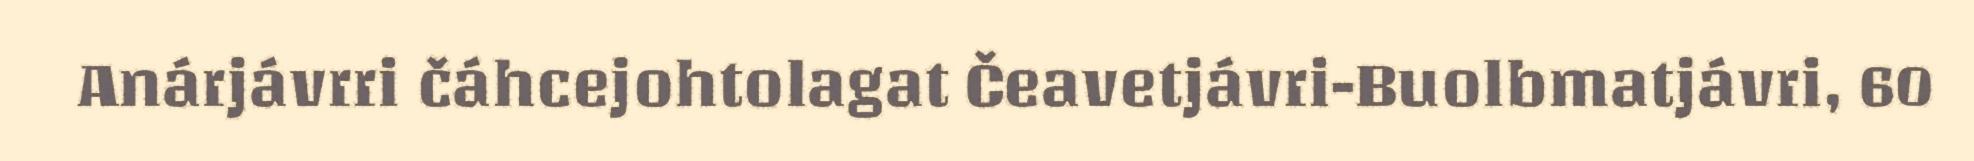
Anárjávrri čáhcejohtolagat Čeavetjávri-Buolbmatjávri, 60